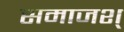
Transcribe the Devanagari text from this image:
समाजश्